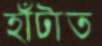
হাঁটাত